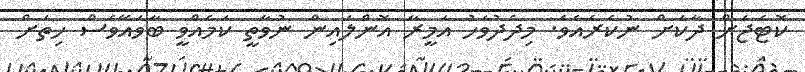
ކޮޓެޖަށް ދާކަށް ނުކެރެއެވެ. މިދެދުވަހު އަމީރާ އޮންލައިން ނުވާތީ ކަމެއްވީ ބާވައޭވެސް ހިތަށް